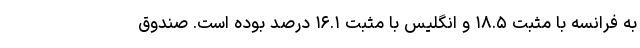
به فرانسه با مثبت ۱۸.۵ و انگلیس با مثبت ۱۶.۱ درصد بوده است. صندوق